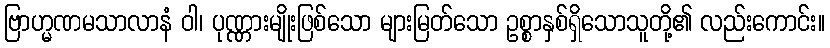
ဗြာဟ္မဏမသာလာနံ ဝါ၊ ပုဏ္ဏားမျိုးဖြစ်သော များမြတ်သော ဥစ္စာနှစ်ရှိသောသူတို့၏ လည်းကောင်း။